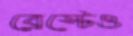
ব্রেস্টেও